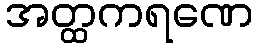
အတ္ထကရဏေ